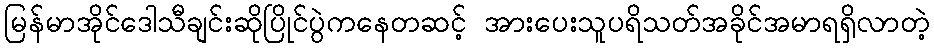
မြန်မာအိုင်ဒေါသီချင်းဆိုပြိုင်ပွဲကနေတဆင့် အားပေးသူပရိသတ်အခိုင်အမာရရှိလာတဲ့